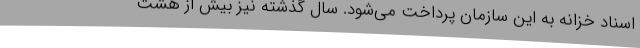
اسناد خزانه به این سازمان پرداخت می‌شود. سال گذشته نیز بیش از هشت